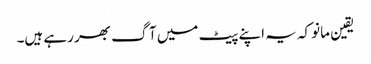
یقین مانو کہ یہ اپنے پیٹ میں آگ بھر رہے ہیں۔